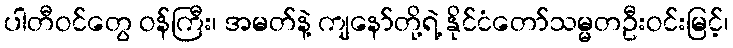
ပါတီဝင်တွေ ဝန်ကြီး၊ အမတ်နဲ့ ကျနော်တို့ရဲ့ နိုင်ငံတော်သမ္မတဦးဝင်းမြင့်၊